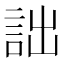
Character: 詘